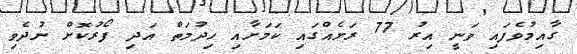
ގާއިމުވެފައި ވަނީ އިރު 77 ރަށެއްގައި ކަމަށާއި ހިދުމަތް އަދި ފޯރުކޮށް ނުދެވި